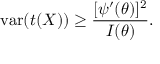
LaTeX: \operatorname { v a r } ( t ( X ) ) \geq { \frac { [ \psi ^ { \prime } ( \theta ) ] ^ { 2 } } { I ( \theta ) } } .